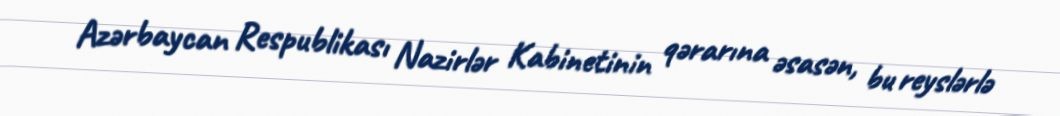
Azərbaycan Respublikası Nazirlər Kabinetinin qərarına əsasən, bu reyslərlə